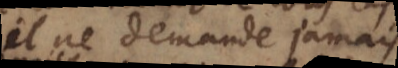
il ne demande jamais